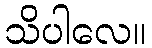
သိပါလေ။